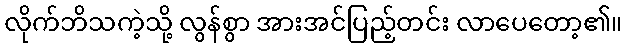
လိုက်ဘိသကဲ့သို့ လွန်စွာ အားအင်ပြည့်တင်း လာပေတော့၏။